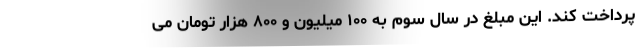
پرداخت کند. این مبلغ در سال سوم به ۱۰۰ میلیون و ۸۰۰ هزار تومان می